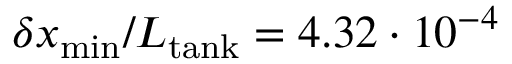
\delta x _ { \mathrm { m i n } } / L _ { \mathrm { t a n k } } = 4 . 3 2 \cdot 1 0 ^ { - 4 }